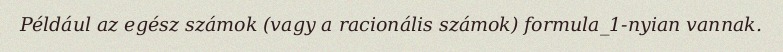
Például az egész számok (vagy a racionális számok) formula_1-nyian vannak.